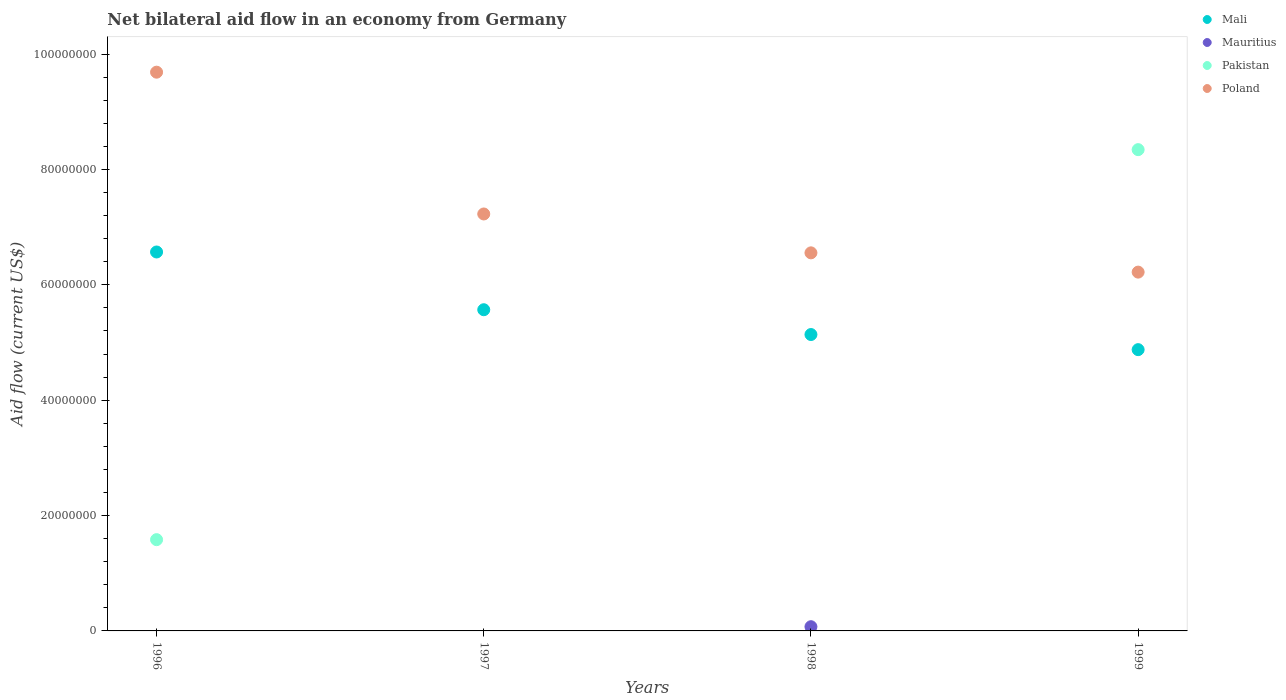
| Years | Mali | Mauritius | Pakistan | Poland |
 | --- | --- | --- | --- | --- |
 | 1996 | 6.57e+07 | -1.81e+07 | 1.58e+07 | 9.69e+07 |
 | 1997 | 5.57e+07 | -1.53e+07 | -2.66e+07 | 7.23e+07 |
 | 1998 | 5.14e+07 | 7.3e+05 | -2.12e+07 | 6.55e+07 |
 | 1999 | 4.88e+07 | -9.91e+06 | 8.34e+07 | 6.22e+07 |